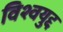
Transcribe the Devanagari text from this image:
विश्वयुद्द